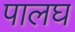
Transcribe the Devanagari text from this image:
पालघ